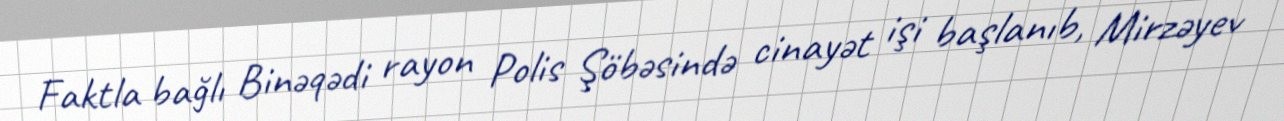
Faktla bağlı Binəqədi rayon Polis Şöbəsində cinayət işi başlanıb, Mirzəyev